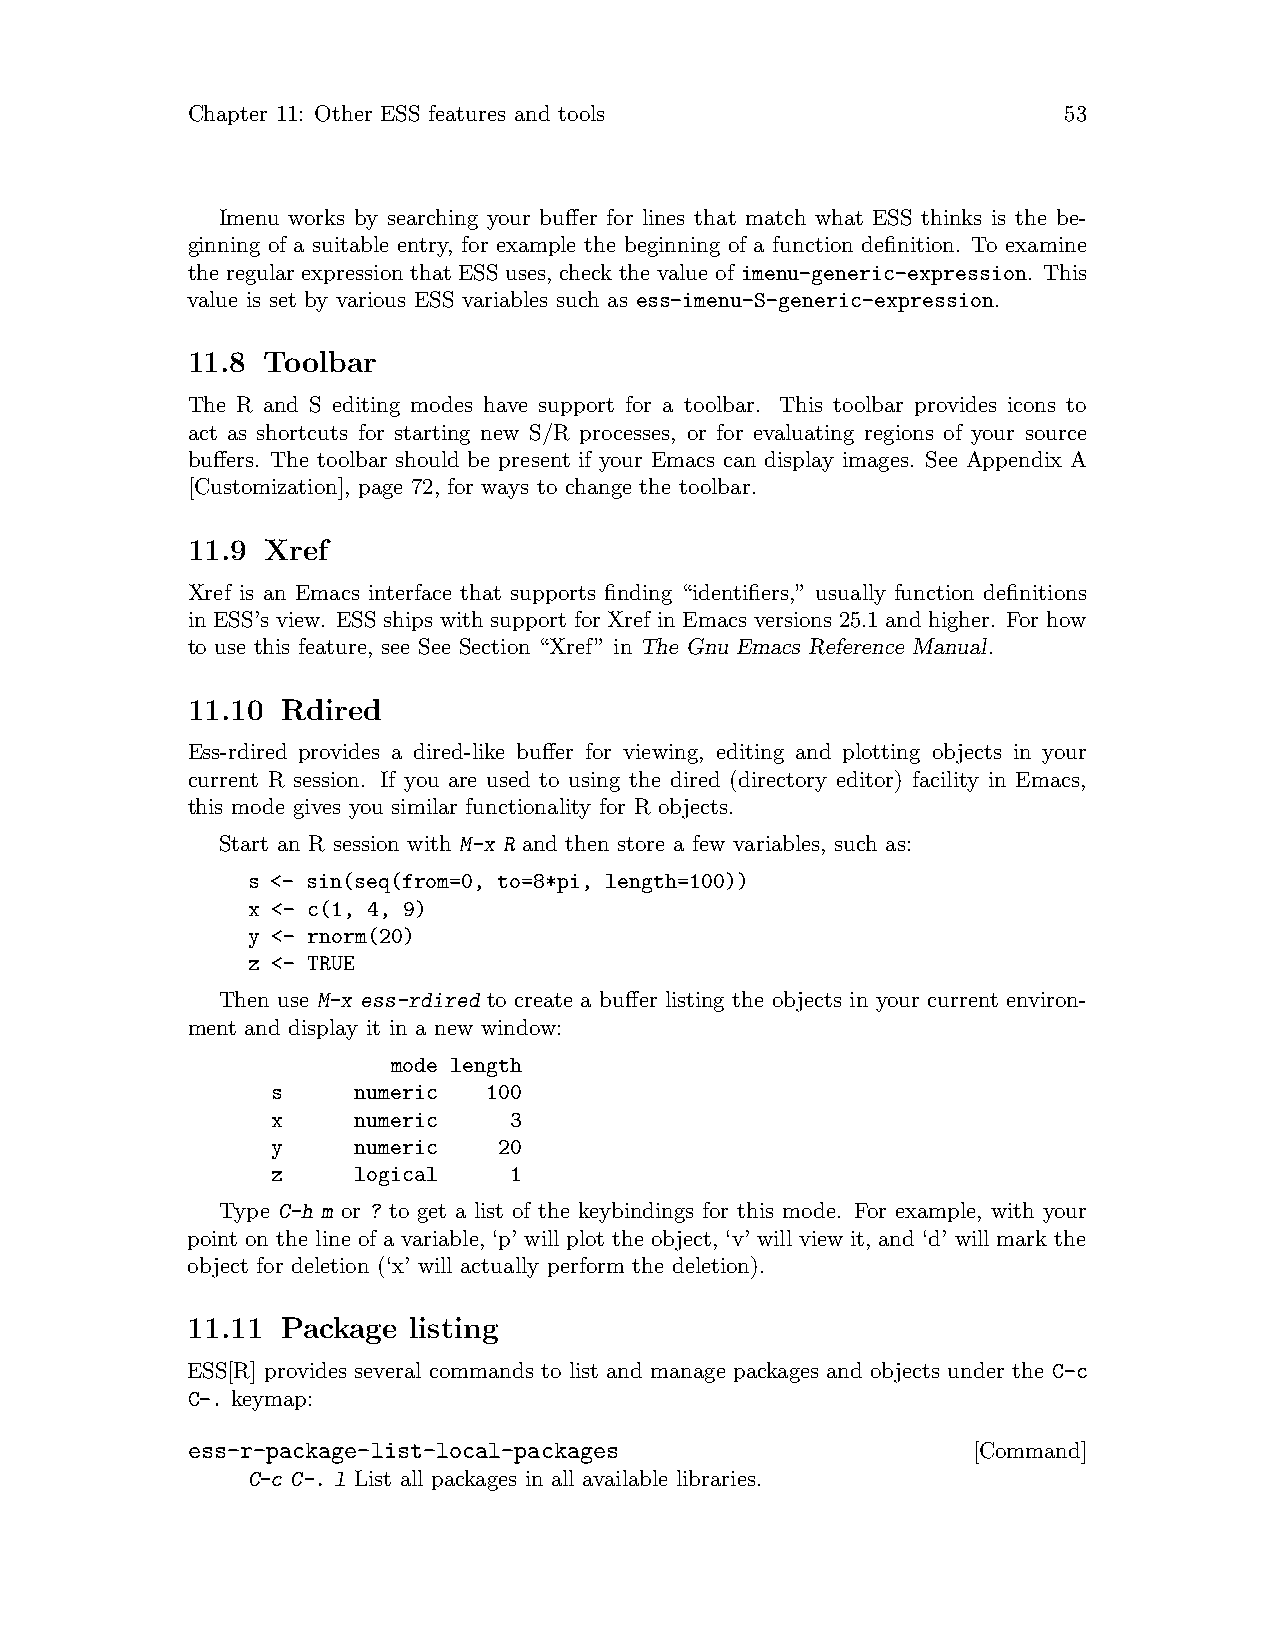
Chapter 11: Other ESS features and tools                  53
 Imenu works by searching your buffer for lines that match what ESS thinks is the be-
 ginning of a suitable entry, for example the beginning of a function definition. To examine
 the regular expression that ESS uses, check the value of imenu-generic-expression. This
 value is set by various ESS variables such as ess-imenu-S-generic-expression.
 11.8 Toolbar
 The R and S editing modes have support for a toolbar. This toolbar provides icons to
 act as shortcuts for starting new S/R processes, or for evaluating regions of your source
 buffers. The toolbar should be present if your Emacs can display images. See Appendix A
 [Customization], page 72, for ways to change the toolbar.
 11.9 Xref
 Xref is an Emacs interface that supports finding “identifiers,” usually function definitions
 in ESS’s view. ESS ships with support for Xref in Emacs versions 25.1 and higher. For how
 to use this feature, see See Section “Xref” in The Gnu Emacs Reference Manual.
 11.10  Rdired
 Ess-rdired provides a dired-like buffer for viewing, editing and plotting objects in your
 current R session. If you are used to using the dired (directory editor) facility in Emacs,
 this mode gives you similar functionality for R objects.
 Start an R session with M-x R and then store a few variables, such as:
 s <- sin(seq(from=0, to=8*pi, length=100))
 x <- c(1, 4, 9)
 y <- rnorm(20)
 z <- TRUE
 Then use M-x ess-rdired to create a buffer listing the objects in your current environ-
 ment and display it in a new window:
 mode length
 s    numeric  100
 x    numeric    3
 y    numeric   20
 z    logical    1
 Type C-h m or ? to get a list of the keybindings for this mode. For example, with your
 point on the line of a variable, ‘p’ will plot the object, ‘v’ will view it, and ‘d’ will mark the
 object for deletion (‘x’ will actually perform the deletion).
 11.11  Package listing
 ESS[R] provides several commands to list and manage packages and objects under the C-c
 C-. keymap:
 ess-r-package-list-local-packages                   [Command]
 C-c C-. l List all packages in all available libraries.